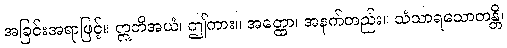
အခြင်းအရာဖြင့်။ ဣတိအယံ၊ ဤကား။ အတ္ထော၊ အနက်တည်း။ သံသာရသောတန္တိ၊